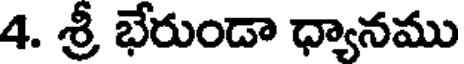
4. శ్రీ భేరుండా ధ్యానము